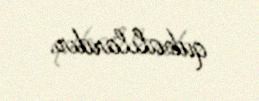
qubalılardır.